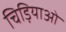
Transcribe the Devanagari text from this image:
चिड़ियाओं